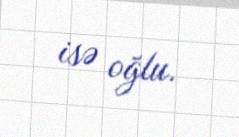
isə oğlu.